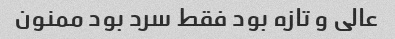
عالی و تازه بود فقط سرد بود ممنون